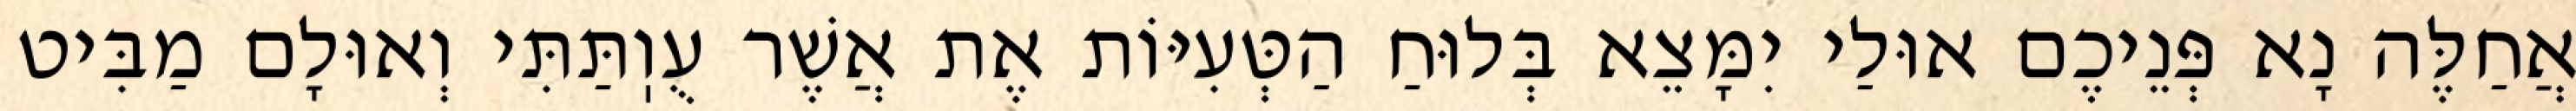
אֲחַלֶּה נָא פְּנֵיכֶם אוּלַי יִמָּצֵא בְּלוּחַ הַטְּעִיּוֹת אֶת אֲשֶׁר עֻוֽתַּתִּי וְאוּלָם מַבִּיט